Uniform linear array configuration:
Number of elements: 48
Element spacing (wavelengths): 0.25
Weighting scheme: hamming
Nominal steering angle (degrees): -45
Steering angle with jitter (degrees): -44.239
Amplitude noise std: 0.05
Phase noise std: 0.05

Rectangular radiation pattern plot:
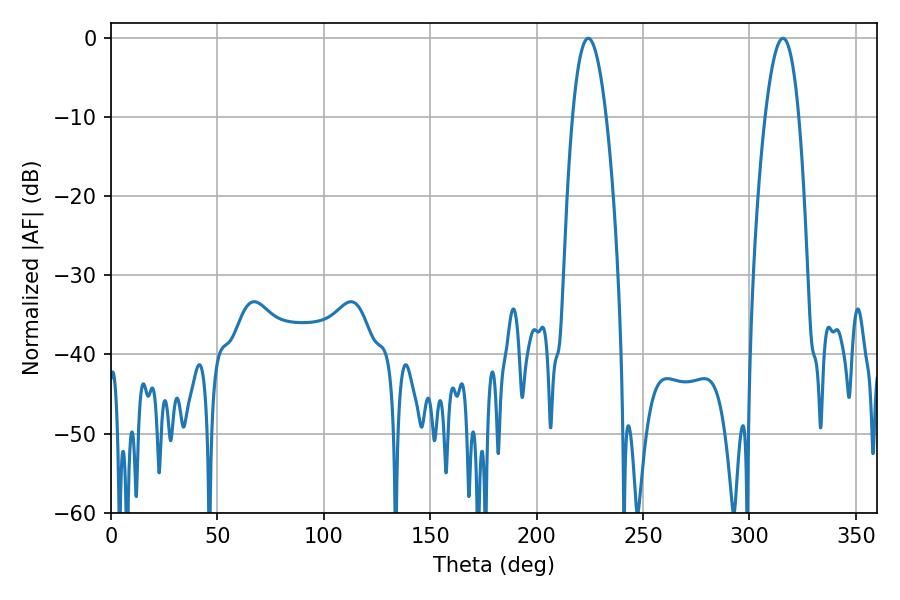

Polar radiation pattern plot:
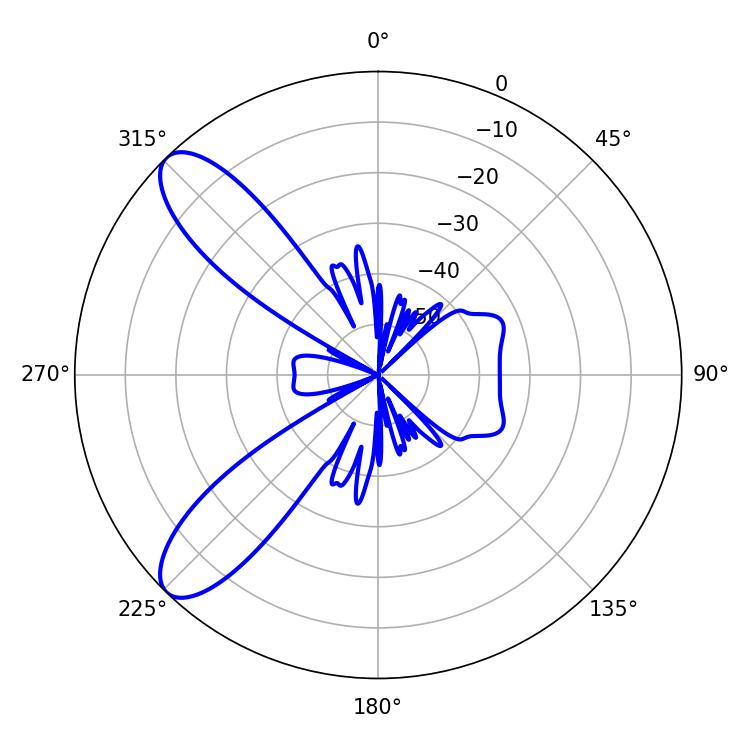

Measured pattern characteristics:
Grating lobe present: FALSE
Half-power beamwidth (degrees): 8.64
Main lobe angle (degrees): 224.28